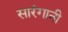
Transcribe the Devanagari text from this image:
सारंगानी